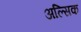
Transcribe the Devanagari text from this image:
अल्सिक